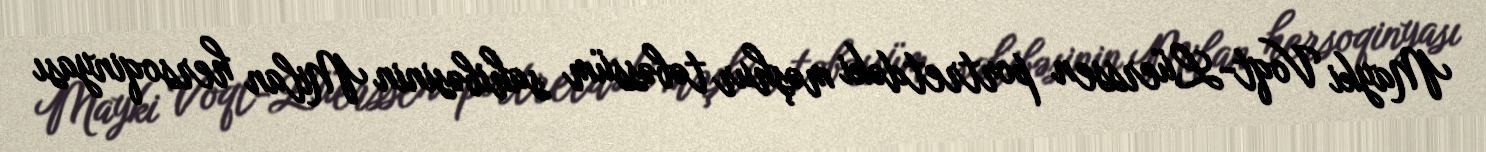
Mayki Voqt-Lüerssen portretdəki məşhur təbəssüm sahibəsinin Milan hersoqinyası